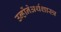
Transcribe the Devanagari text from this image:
उन्होंनेअर्थशास्त्र